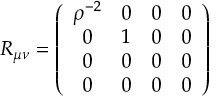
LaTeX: R _ { \mu \nu } = \left( \begin{array} { c c c c } { { \rho ^ { - 2 } } } & { { 0 } } & { { 0 } } & { { 0 } } \\ { { 0 } } & { { 1 } } & { { 0 } } & { { 0 } } \\ { { 0 } } & { { 0 } } & { { 0 } } & { { 0 } } \\ { { 0 } } & { { 0 } } & { { 0 } } & { { 0 } } \end{array} \right)